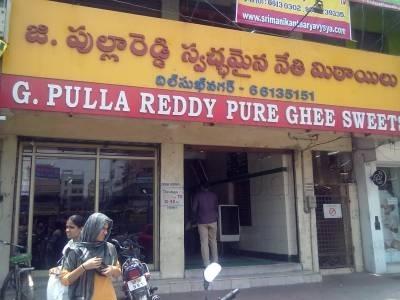
Language: telugu
Transcription: దిల్ సుఖ్ నగర్ జి. పుల్లారెడ్డి నేతి మిఠాయిలు స్వచ్ఛమైన